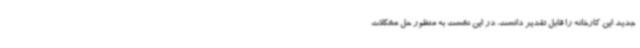
جدید این کارخانه را قابل تقدیر دانست. در این نشست به منظور حل مشکلات